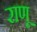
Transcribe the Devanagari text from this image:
राणू